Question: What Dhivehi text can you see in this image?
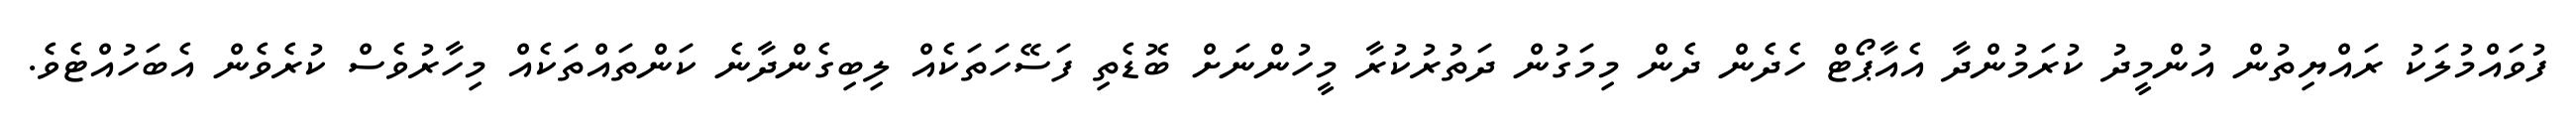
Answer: ފުވައްމުލަކު ރައްޔިތުން އުންމީދު ކުރަމުންދާ އެއާޕޯޓް ހެދެން ދެން މިމަގުން ދަތުރުކުރާ މީހުންނަށް ބޮޑެތި ފަސޭހަތަކެއް ލިބިގެންދާނެ ކަންތައްތަކެއް މިހާރުވެސް ކުރެވެން އެބަހުއްޓެވެ.